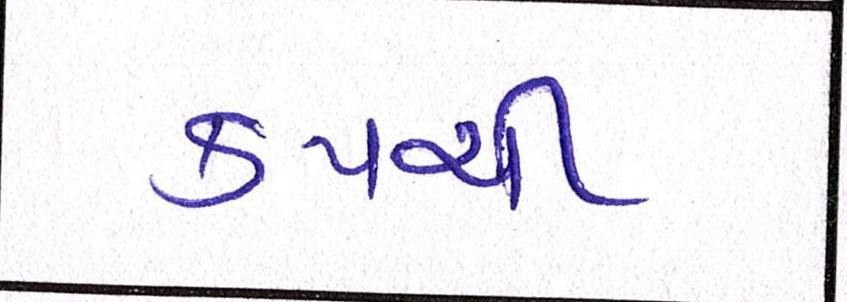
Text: કપચી